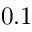
0 . 1